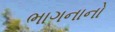
ભાગનાનો